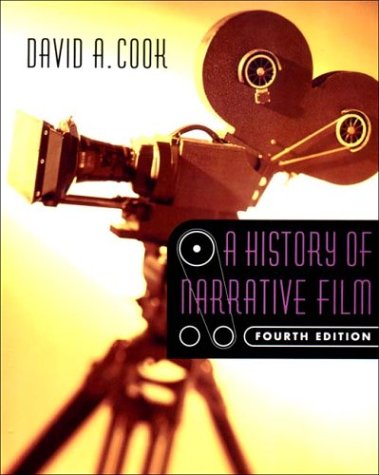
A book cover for A History of Narrative Film (Fourth Edition); David A. Cook; Humor & Entertainment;